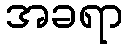
အခရာ